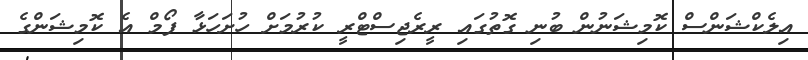
އިލެކްޝަންސް ކޮމިޝަނުން ބުނި ގޮތުގައި ރީރެޖިސްޓްރީ ކުރުމަށް ހުށަހަޅާ ފޯމް އެ ކޮމިޝަންގެ